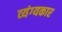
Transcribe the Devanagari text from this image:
व्‍यंग्‍यकार